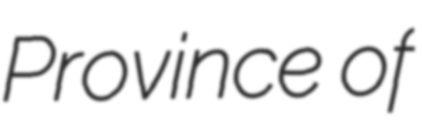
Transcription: Province of